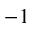
^ { - 1 }